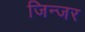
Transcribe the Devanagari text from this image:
जिन्जर